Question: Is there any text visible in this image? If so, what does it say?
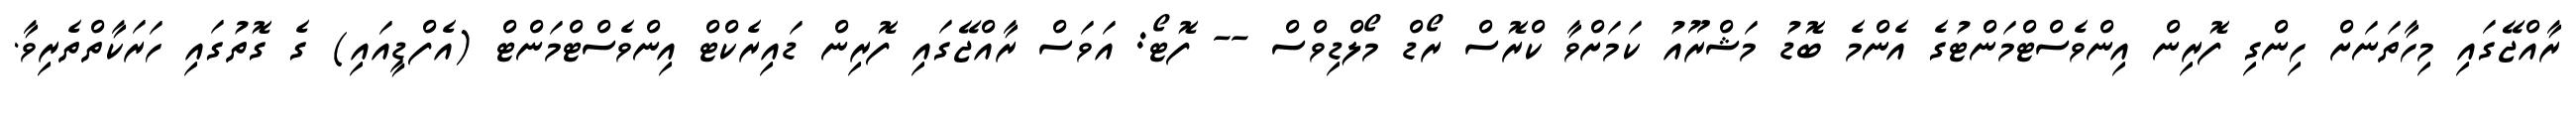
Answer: ރާއްޖޭގައި މިހާތަނަށް ހިންގި ފޮރިން އިންވެސްޓްމަންޓުގެ އެންމެ ބޮޑު މަޝްރޫއު ކަމަށްވާ ކްރޮސް ރޯޑް މޯލްޑިވްސް -- ފޮޓޯ: އަވަސް ރާއްޖޭގައި ފޮރިން ޑައިރެކްޓް އިންވެސްޓްމަންޓް (އެފްޑީއައި) ގެ ގޮތުގައި ހަރަކާތްތެރިވާ.